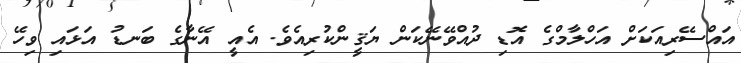
އައްސޭރިއަކަށް އަހްލާމްގެ އޮޑި ދުއްވޭނޭކަން ޔަޤީންކުރިއެވެ. އެއީ އޭނާގެ ބަނޑު އަޅައި ވިހޭ